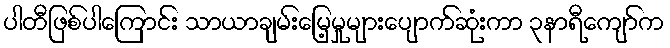
ပါတီဖြစ်ပါကြောင်း သာယာချမ်းမြေ့မှုများပျောက်ဆုံးကာ ၃နာရီကျော်က